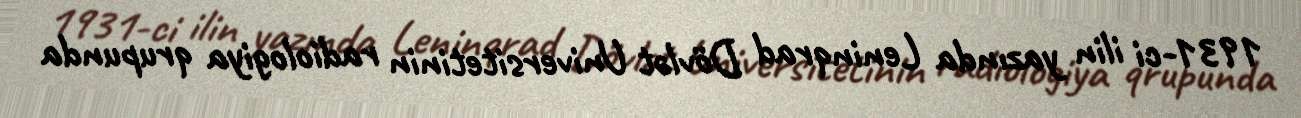
1931-ci ilin yazında Leninqrad Dövlət Universitetinin radiologiya qrupunda